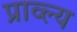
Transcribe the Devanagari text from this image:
प्राव्ल्य